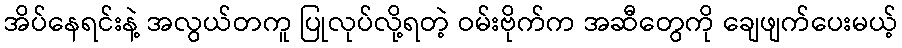
အိပ်နေရင်းနဲ့ အလွယ်တကူ ပြုလုပ်လို့ရတဲ့ ဝမ်းဗိုက်က အဆီတွေကို ချေဖျက်ပေးမယ့်